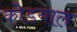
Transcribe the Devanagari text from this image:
कोडयाल